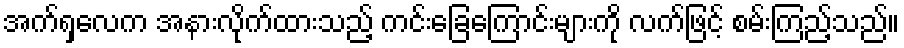
အက်ရှလေက အနားလိုက်ထားသည့် ကင်းခြေကြောင်းများကို လက်ဖြင့် စမ်းကြည့်သည်။